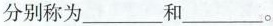
分别称为___和___。